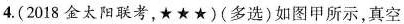
4.(2018金太阳联考，★★★)(多选)如图甲所示，真空